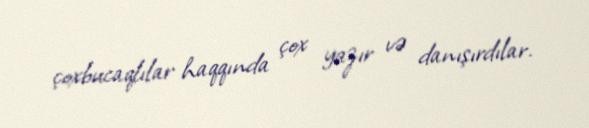
çoxbucaqlılar haqqında çox yazır və danışırdılar.